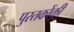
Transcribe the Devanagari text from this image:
पुस्‍तकोंकी